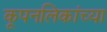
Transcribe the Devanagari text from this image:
कूपनलिकांच्या